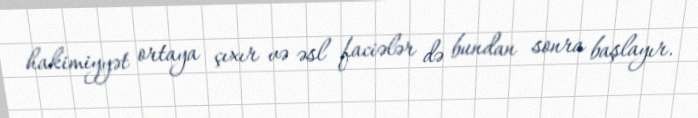
hakimiyyət ortaya çıxır və əsl faciələr də bundan sonra başlayır.